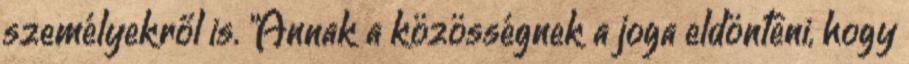
személyekről is. "Annak a közösségnek a joga eldönteni, hogy